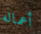
أعماله